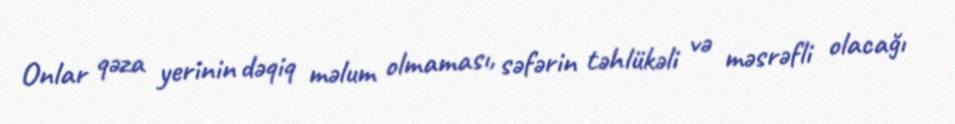
Onlar qəza yerinin dəqiq məlum olmaması, səfərin təhlükəli və məsrəfli olacağı